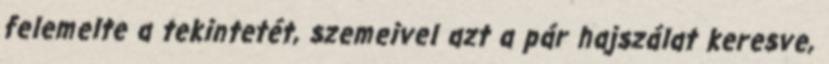
felemelte a tekintetét, szemeivel azt a pár hajszálat keresve,